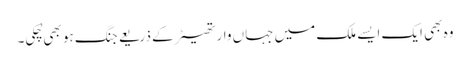
وہ بھی ایک ایسے ملک میں جہاں وار تھیٹر کے ذریعے جنگ ہو بھی چُکی۔